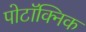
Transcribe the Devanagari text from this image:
पोटॉक्निक